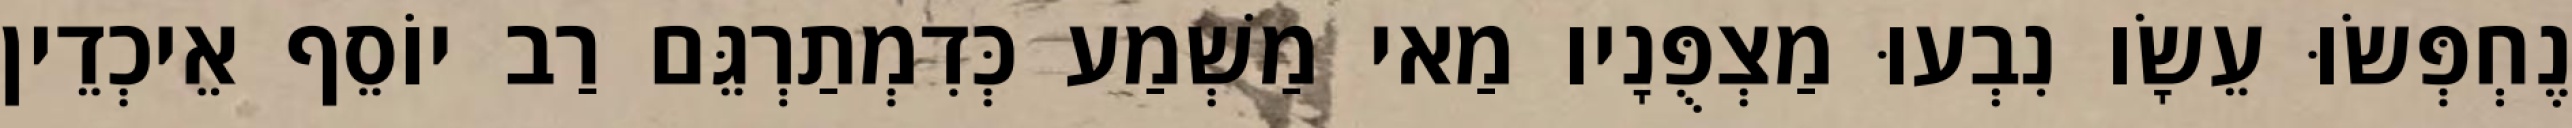
נֶחְפְּשׂוּ עֵשָׂו נִבְעוּ מַצְפֻּנָיו מַאי מַשְׁמַע כְּדִמְתַרְגֵּם רַב יוֹסֵף אֵיכְדֵין